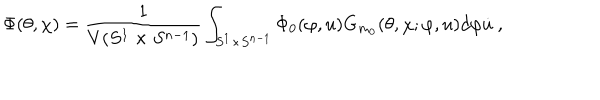
\Phi ( \theta , \chi ) = \frac { 1 } { V ( S ^ { 1 } \times S ^ { n - 1 } ) } \int _ { S ^ { 1 } \times S ^ { n - 1 } } \Phi _ { 0 } ( \varphi , u ) G _ { m _ { 0 } } ( \theta , \chi ; \varphi , u ) d \varphi \dot { u } ~ ,